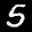
Label: 5